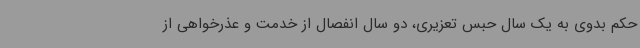
حکم بدوی به یک سال حبس تعزیری، دو سال انفصال از خدمت و عذرخواهی از